NAE_ERA_R-1018_Narva_Linna_TSN_Taitevkomitee, lk 5
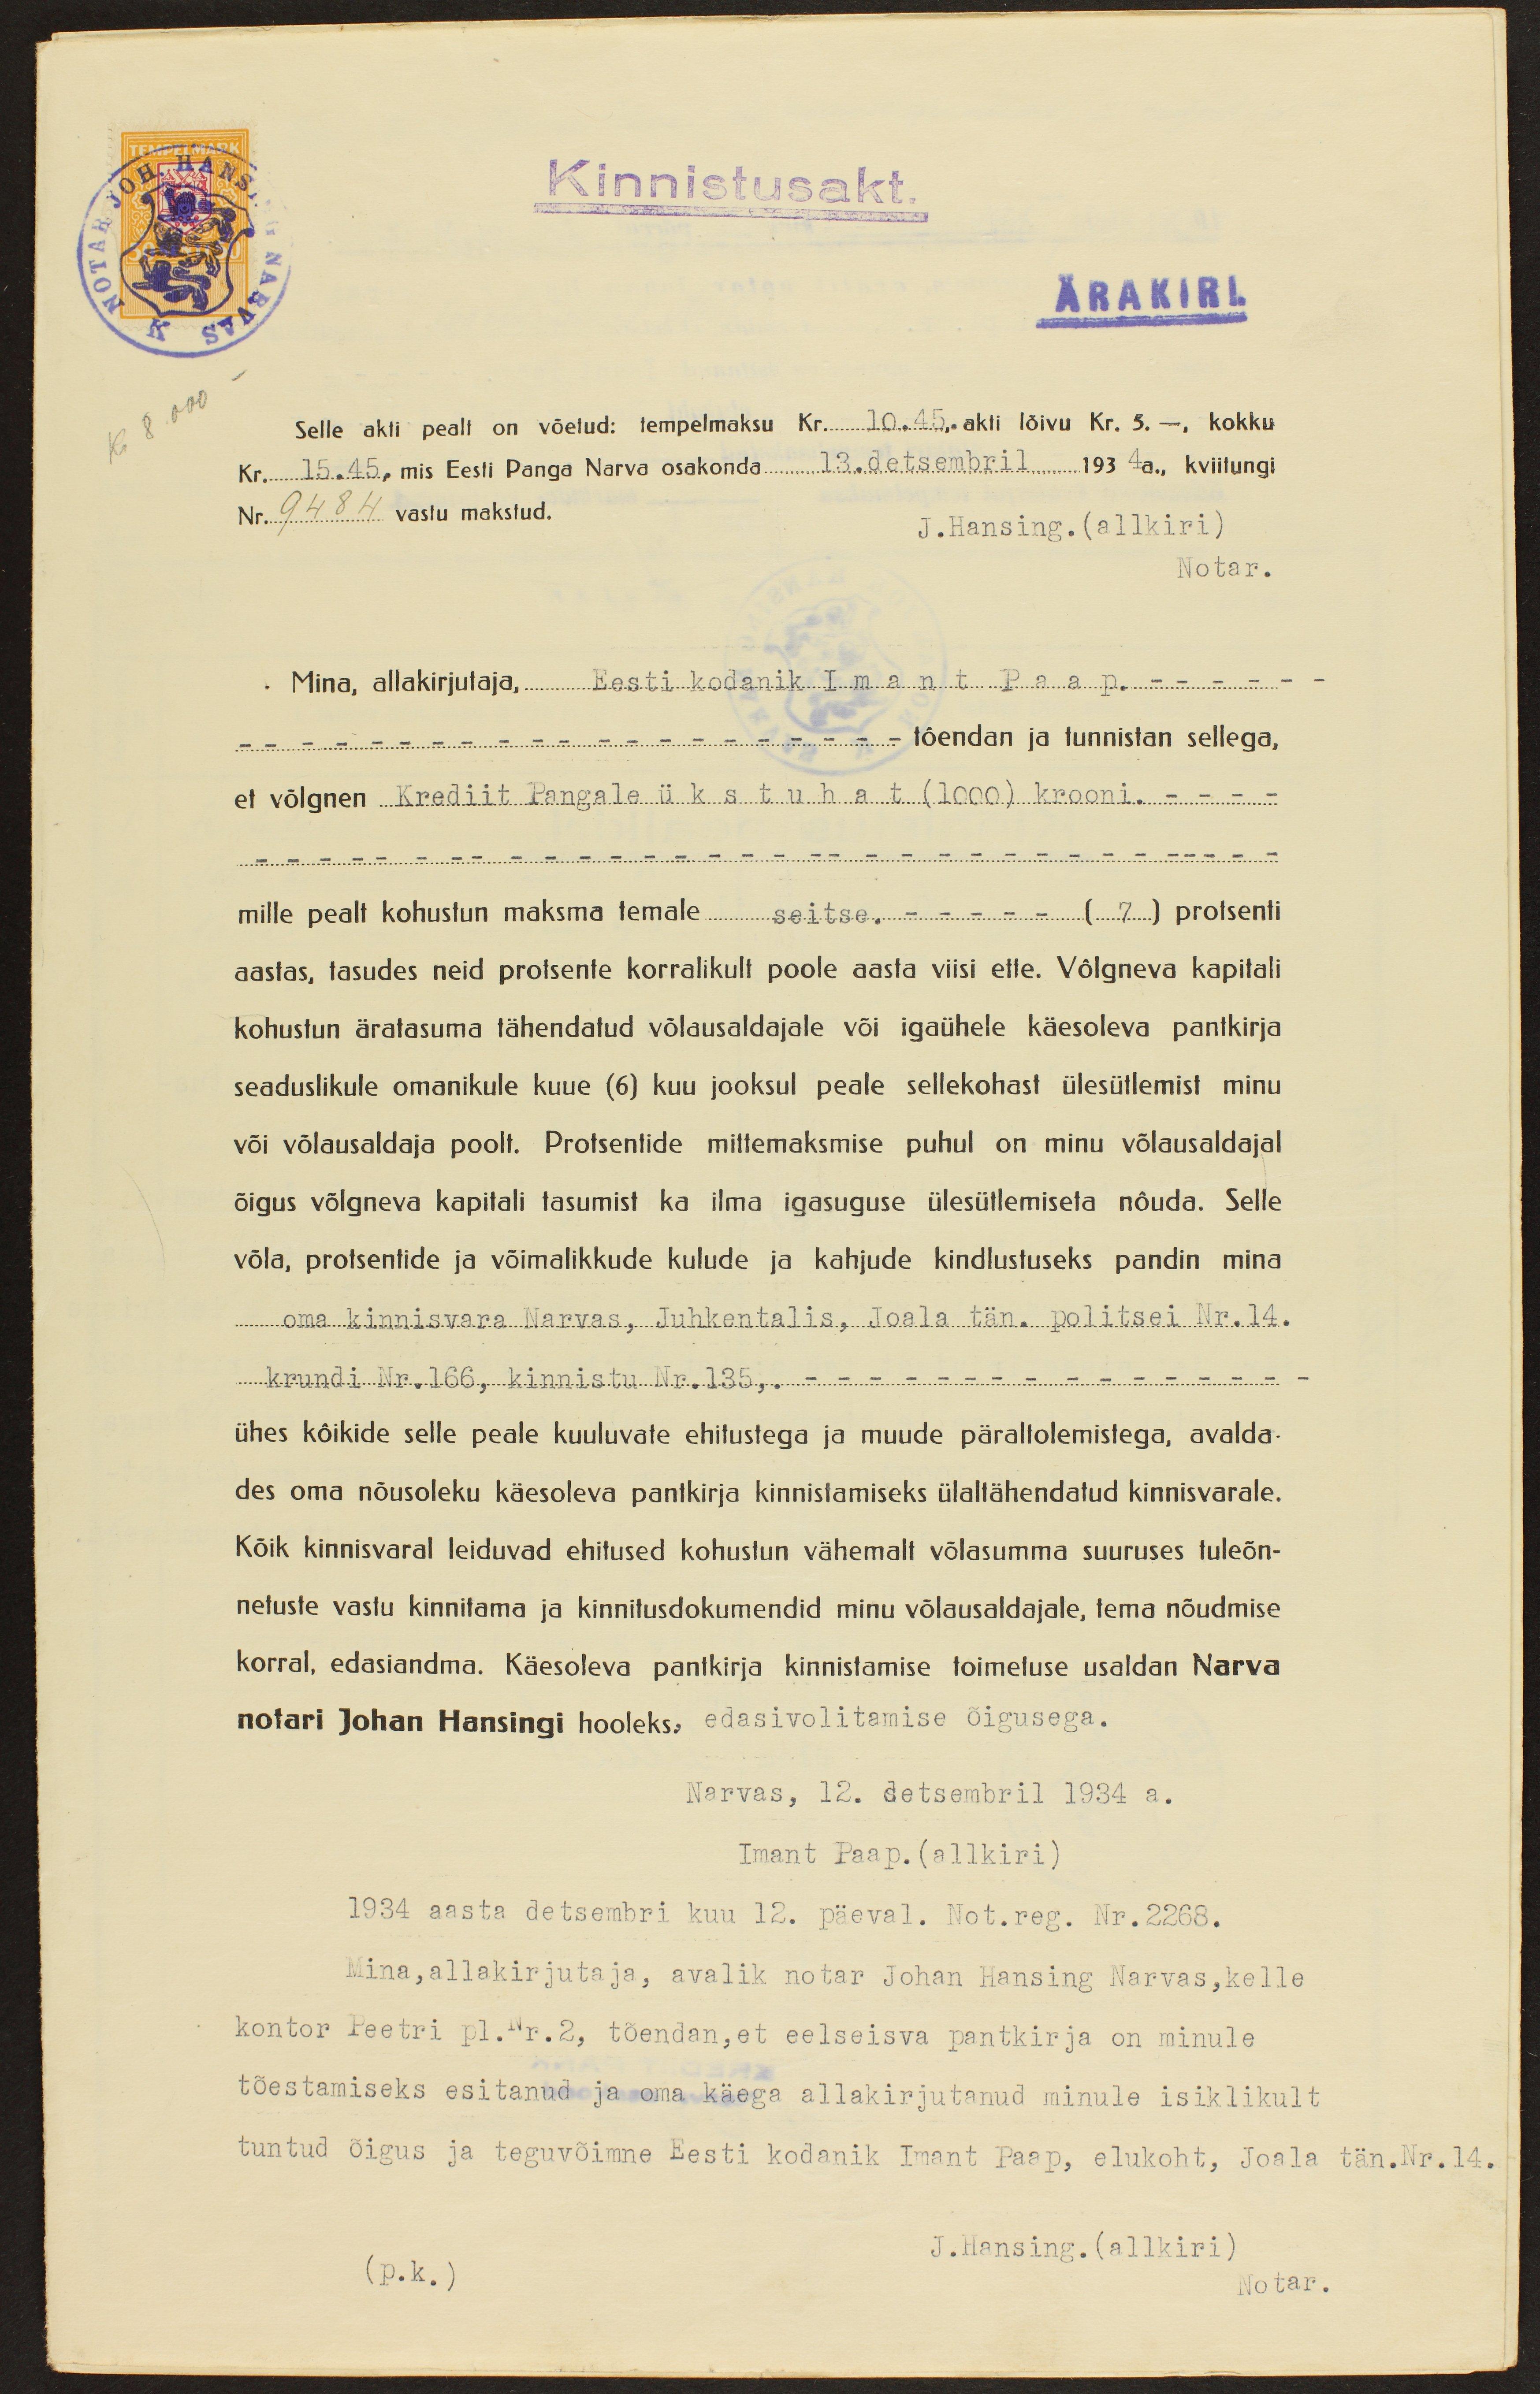
Kinnistusakt.
ÄRAKIRI.
Kr 8.000 -
Selle akti pealt on võetud: tempelmaksu Kr. 10.45,. akti lõivu Kr. 5. -, kokku
Kr. 15.45, mis Eesti Panga Narva osakonda 13. detsembril 1934a., kviitungi
Nr. 9484 vastu makstud.
J. Hansing. (allkiri)
Notar.
Mina, allakirjutaja, Eesti kodanik Imant Paap. - - - - - -
tõendan ja tunnistan sellega,
et võlgnen Krediit Pangale üks tuhat (1000) krooni. - - - -
mille pealt kohustun maksma temale seitse. - - - - - (7) protsenti
aastas, tasudes neid protsente korralikult poole aasta viisi ette. Võlgneva kapitali
kohustun äratasuma tähendatud võlausaldajale või igaühele käesoleva pantkirja
seaduslikule omanikule kuue (6) kuu jooksul peale sellekohast ülesütlemist minu
või võlausaldaja poolt. Protsentide mittemaksmise puhul on minu võlausaldajal
õigus võlgneva kapitali tasumist ka ilma igasuguse ülesütlemiseta nõuda. Selle
võla, protsentide ja võimalikkude kulude ja kahjude kindlustuseks pandin mina
oma kinnisvara Narvas, Juhkentalis, Joala tän. politsei Nr. 14.
krundi Nr. 166, kinnistu Nr. 135,.
ühes kõikide selle peale kuuluvate ehitustega ja muude päraltolemistega, avalda-
des oma nõusoleku käesoleva pantkirja kinnistamiseks ülaltähendatud kinnisvarale.
Kõik kinnisvaral leiduvad ehitused kohustun vähemalt võlasumma suuruses tuleõn-
netuste vastu kinnitama ja kinnitusdokumendid minu võlausaldajale, tema nõudmise
korral, edasiandma. Käesoleva pantkirja kinnistamise toimetuse usaldan Narva
notari Johan Hansingi hooleks: edasivolitamise õigusega.
Narvas, 12. detsembril 1934 a.
Imant Paap. (allkiri)
1934 aasta detsembri kuu 12. päeval. Not. reg. Nr. 2268.
Mina, allakirjutaja, avalik notar Johan Hansing Narvas, kelle
kontor Peetri pl. Nr. 2, tõendan,et eelseisva pantkirja on minule
tõestamiseks esitanud ja oma käega allakirjutanud minule isiklikult
tuntud õigus ja teguvõimne Eesti kodanik Imant Paap, elukoht, Joala tän. Nr. 14.
(p.k.)
J. Hansing. (allkiri)
Notar.